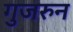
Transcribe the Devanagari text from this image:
गुजरुन